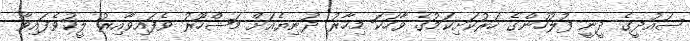
ސައުދީގެ ދީނީ ފުލުހުންގެ ހަރުކަށިކަމުގެ ވާހަކަ މިހާރު ދުނިޔެއަށް މަޝްހޫރު ވެފައިވާއިރު ލީކުވެފައިވާ